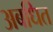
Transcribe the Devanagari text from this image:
अबधित